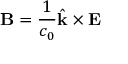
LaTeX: \mathbf { B } = { \frac { 1 } { c _ { 0 } } } { \hat { \mathbf { k } } } \times \mathbf { E }